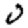
Digit: 0